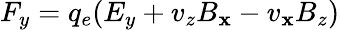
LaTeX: F_{y}=q_{e}(E_{y}+v_{z}B_{\mathbf{x}}-v_{\mathbf{x}}B_{z})